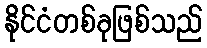
နိုင်ငံတစ်ခုဖြစ်သည်